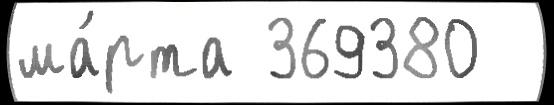
ма́рта 369380